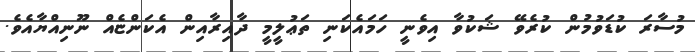
މުސާރަ ކުޑަވުމުން ކުރެވޭ ޝަކުވާ އިވެނީ ހަމައެކަނި ތަޢުލީމީ ދާއިރާއިން އެކަންޏެއް ނޫނިއްޔާއެވެ.